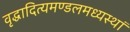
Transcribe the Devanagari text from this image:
वृद्धादित्यमण्डलमध्यस्थां